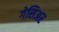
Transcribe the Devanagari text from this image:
गेसिअर